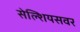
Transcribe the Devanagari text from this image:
सेल्शियसवर